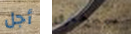
أجل ستحترق